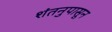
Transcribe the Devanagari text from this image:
शंतनुपासून